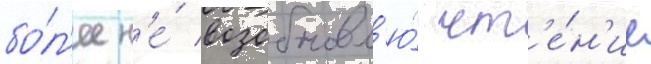
бо́л'ее н'е́ возобновл'ю́ чт'е́н'ие